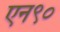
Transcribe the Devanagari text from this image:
एन९०